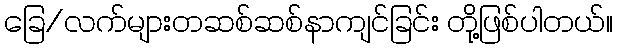
ခြေ/လက်များတဆစ်ဆစ်နာကျင်ခြင်း တို့ဖြစ်ပါတယ်။